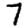
Digit: 7